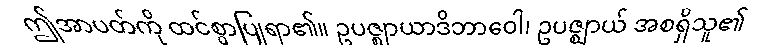
ဤအာပတ်ကို ထင်စွာပြုရာ၏။ ဥပဇ္ဈာယာဒိဘာဝေါ၊ ဥပဇ္ဈာယ် အစရှိသူ၏